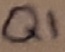
Text: Q1